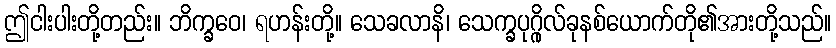
ဤငါးပါးတို့တည်း။ ဘိက္ခဝေ၊ ရဟန်းတို့။ သေခလာနိ၊ သေက္ခပုဂ္ဂိုလ်ခုနစ်ယောက်တို၏အားတို့သည်။